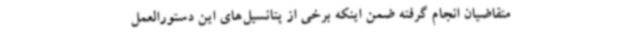
متقاضیان انجام گرفته ضمن اینکه برخی از پتانسیل‌های این دستورالعمل